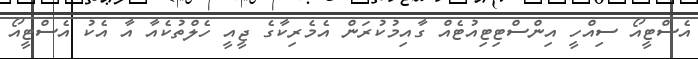
އެސްޓީއޯ ސިއްހީ އިންސްޓިޓިއުޓެއް ގާއިމުކުރަން އެމެރިކާގެ ޖީއީ ހެލްތުކެއާ އާ އެކު އެސްޓީއޯ